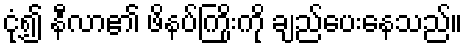
ငုံ့၍ နီလာ၏ ဖိနပ်ကြိုးကို ချည်ပေးနေသည်။